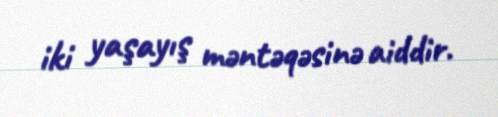
iki yaşayış məntəqəsinə aiddir.